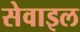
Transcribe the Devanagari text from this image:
सेवाइल